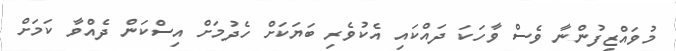
މުވައްޒިފުންނާ ވެސް ވާހަކަ ދައްކައި އެކުވެރި ބަޔަކަށް ހެދުމަށް އިސްކަން ދެއްވާ ކަމަށް